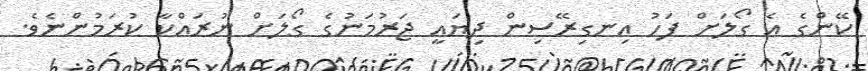
ކޭންގެ އެ ގޯލަށް ފަހު އިނގިރޭސިން ދިޔައީ ޖަރުމަނުގެ ގޯލަށް ނުރައްކާ ކުރަމުންނެވެ.